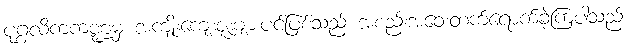
ပုဂ္ဂလိကကဏ္ဍမှ အကျိုးကျေးဇူးများပင်ဖြစ်သည် အစည်းအဝေးတက်ရောက်ခဲ့ကြပါသည်